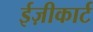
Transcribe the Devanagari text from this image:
ईज़ीकार्ट